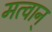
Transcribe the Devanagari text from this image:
मत्वान्